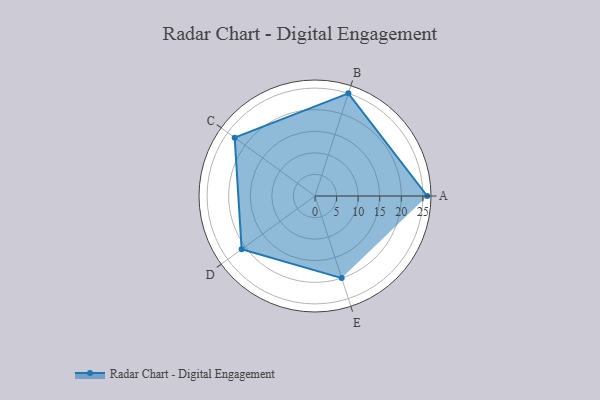
{"axis": {"x": "Skill", "y": "Score"}, "legend": ["Profile"], "data": [{"x": "A", "y": 26.0, "type": "Profile"}, {"x": "B", "y": 25.0, "type": "Profile"}, {"x": "C", "y": 23.0, "type": "Profile"}, {"x": "D", "y": 21.0, "type": "Profile"}, {"x": "E", "y": 20, "type": "Profile"}]}